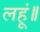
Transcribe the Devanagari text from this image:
लहूं॥